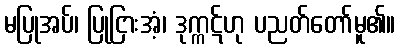
မပြုအပ်၊ ပြုငြားအံ့၊ ဒုက္ကဋ်ဟု ပညတ်တော်မူ၏။